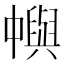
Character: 𠁹